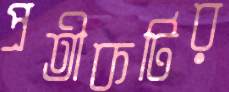
প্রতীকটির